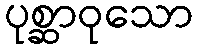
ပုစ္ဆာဝုသော